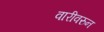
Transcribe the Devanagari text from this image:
वारीवरुन